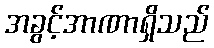
အခွင့်အာဏာရှိသည်